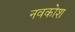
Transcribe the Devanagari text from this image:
नवकोश